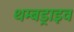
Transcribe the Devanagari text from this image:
थम्बड्राइव